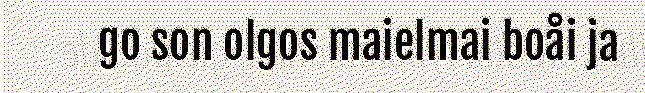
go son olgos maielmai boåi ja